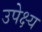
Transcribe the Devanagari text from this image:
उपेक्ष्य